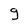
Character: g